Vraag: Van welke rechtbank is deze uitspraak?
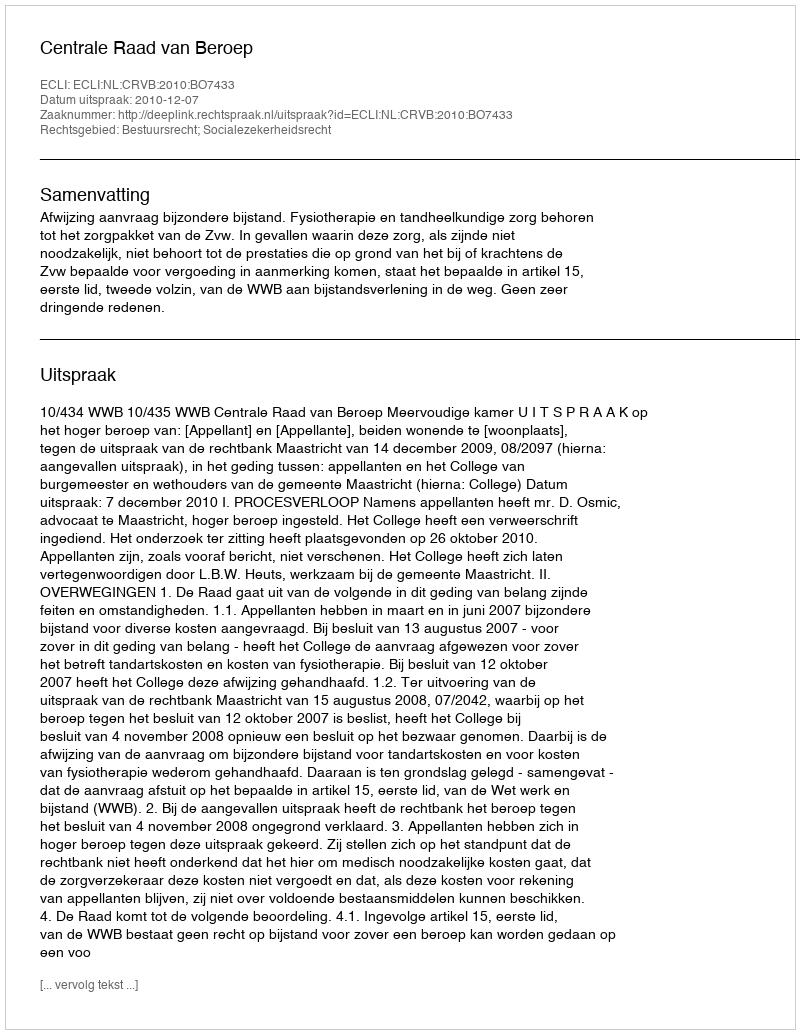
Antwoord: Centrale Raad van Beroep